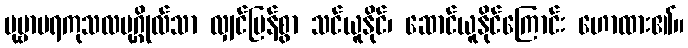
ပုဗ္ဗာပရကုသလပုဂ္ဂိုလ်သာ လျှင်မြန်စွာ သင်ယူနိုင်၊ ဆောင်ယူနိုင်ကြောင်း ဟောထား၏။